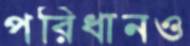
পরিধানও